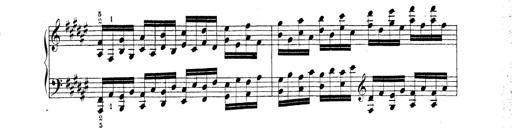
Title: Technische Studien
Composer: Franz Liszt